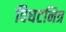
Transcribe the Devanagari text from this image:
विघटनित्र